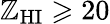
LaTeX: \mathbb{Z}_{\mathrm{{HI}}}\geqslant20